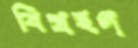
বিগ্রহণ